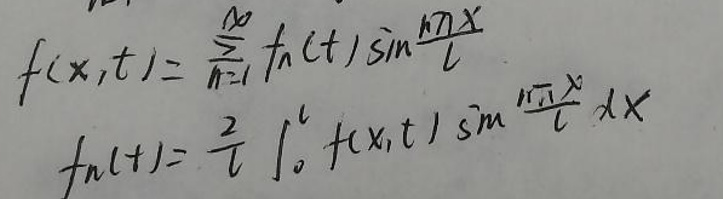
\[
f(x,t)=\sum_{n = 1}^{\infty}f_n(t)\sin\frac{n\pi x}{l}
\]

\[
f_n(t)=\frac{2}{l}\int_{0}^{l}f(x,t)\sin\frac{n\pi x}{l}dx
\]